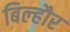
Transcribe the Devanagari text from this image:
बिल्‍हौर